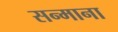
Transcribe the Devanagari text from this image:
सन्माना